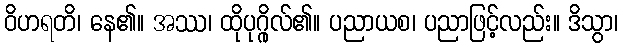
ဝိဟရတိ၊ နေ၏။ အဿ၊ ထိုပုဂ္ဂိုလ်၏။ ပညာယစ၊ ပညာဖြင့်လည်း။ ဒိသွာ၊